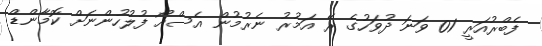
ފެބްރުއަރީ 01 ވަނަ ދުވަހުގެ ރޭ އަމުރު ނެރުމުން އެސްއޯ ފުލުހުންނަށް ކޮމާންޑް